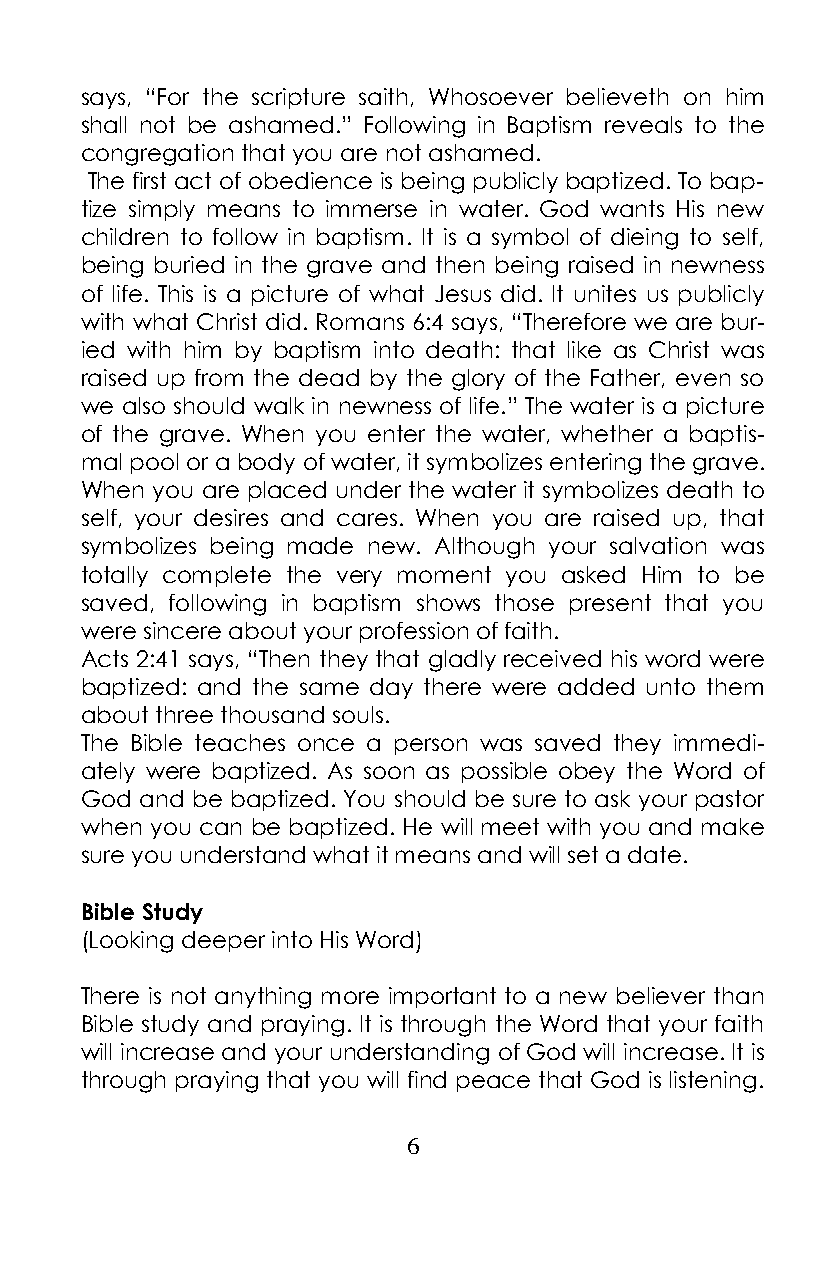
says, “For the scripture saith, Whosoever believeth on him
 shall no t be ashamed.” Following in Baptism reveals to the
 congregation that you are not ashamed.
 The first act of obedience is being publicly baptized. To bap-
 tize simply means to immerse in water. God wants His new
 children to follow in baptism. It is a symbol of dieing to self,
 being buried in the grave and then being raised in newness
 of life. This is a picture of what Jesus did. It unites us publicly
 with what Christ did. Romans 6:4 says, “Therefore we are bur-
 ied with him by baptism into death: that like as Christ was
 raised up from the dead by the glory of the Father, even so
 we also should walk in newness of life.” The water is a picture
 of the grave. When you enter the water, whether a baptis-
 mal pool or a body of water, it symbolizes entering the grave.
 When you are placed under the water it symbolizes death to
 self, your desires and cares. When you are raised up, that
 symbolizes being made new. Although your salvation was
 totally complete the very moment you asked Him to be
 saved, following in baptism shows those present that you
 were sincere about your profession of faith.
 Acts 2:41 says, “Then they that gladly received his word were
 baptized: and the same day there were added unto them
 about three thousand souls.
 The Bible teaches once a person was saved they immedi-
 ately were baptized. As soon as possible obey the Word of
 God and be baptized. You should be sure to ask your pastor
 when you can be baptized. He will meet with you and make
 sure you understand what it means and will set a date.
 Bible Study
 (Looking deeper into His Word)
 There is not anything more important to a new believer than
 Bible study and praying. It is through the Word that your faith
 will increase and your understanding of God will increase. It is
 through praying that you will find peace that God is listening.
 6